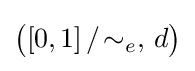
{\big (}[0,1]\,/\!\sim _{e},\,d{\big )}